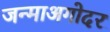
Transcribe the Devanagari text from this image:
जन्माअगोदर